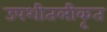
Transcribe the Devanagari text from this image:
उपशीतलीकृत